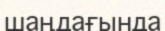
шаңдағында